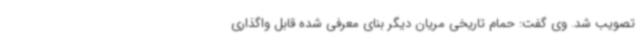
تصویب شد. وی گفت: حمام تاریخی مریان دیگر بنای معرفی شده قابل واگذاری